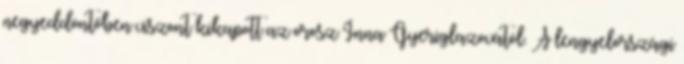
negyeddöntőben viszont kikapott az orosz Inna Gyeriglazovától. A lengyelországi